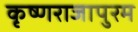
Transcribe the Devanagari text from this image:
कृष्णराजापुरम